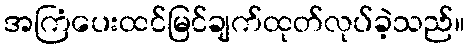
အကြံပေးထင်မြင်ချက်ထုတ်လုပ်ခဲ့သည်။